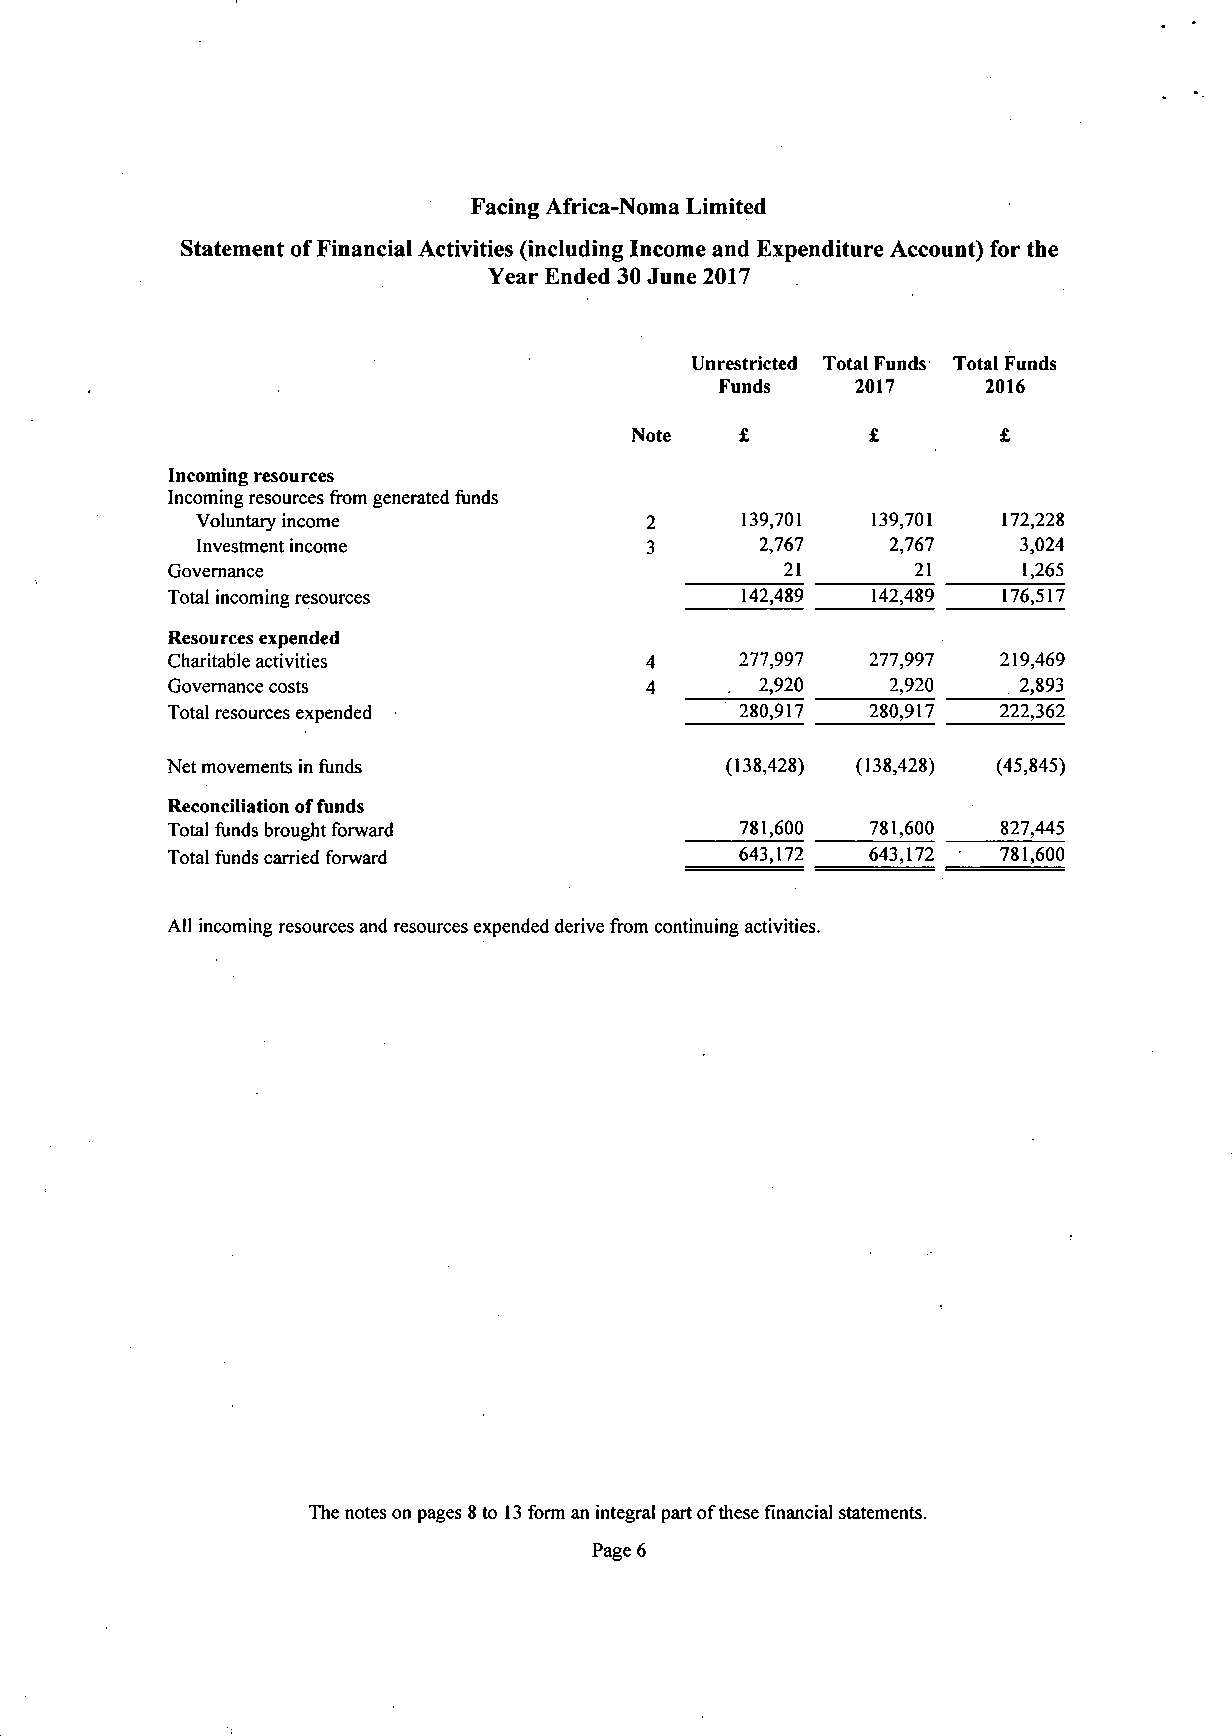
Facing Africa-Noma Limited
 Statement of Financial Activities (including Income and Expenditure Account) for the
 Year Ended 30 June 2017
 Unrestricted Total Funds Total Funds
 Funds    2017    2016
 Note   £        £       £
 Incoming resources
 Incoming resources from generated funds
 Voluntary income              2     139,701  139,701 172,228
 Investment income             3      2,767    2,767   3,024
 Governance                               21       21     1,265
 Total incoming resources              142,489  142,489 176,517
 Resources expended
 Charitable activities           4     277,997  277,997 219,469
 Governance costs                4      2,920    2,920   2,893
 Total resources expended              280,917  280,917 222,362
 Net movements in funds               (138,428) (138,428) (45,845)
 Reconciliation of funds
 Total funds brought forward           781,600  781,600 827,445
 Total funds carried forward           643,172  643,172 781,600
 All incoming resources and resources expended derive from continuing activities.
 The notes on pages 8 to 13 form an integral part of these financial statements.
 Page 6